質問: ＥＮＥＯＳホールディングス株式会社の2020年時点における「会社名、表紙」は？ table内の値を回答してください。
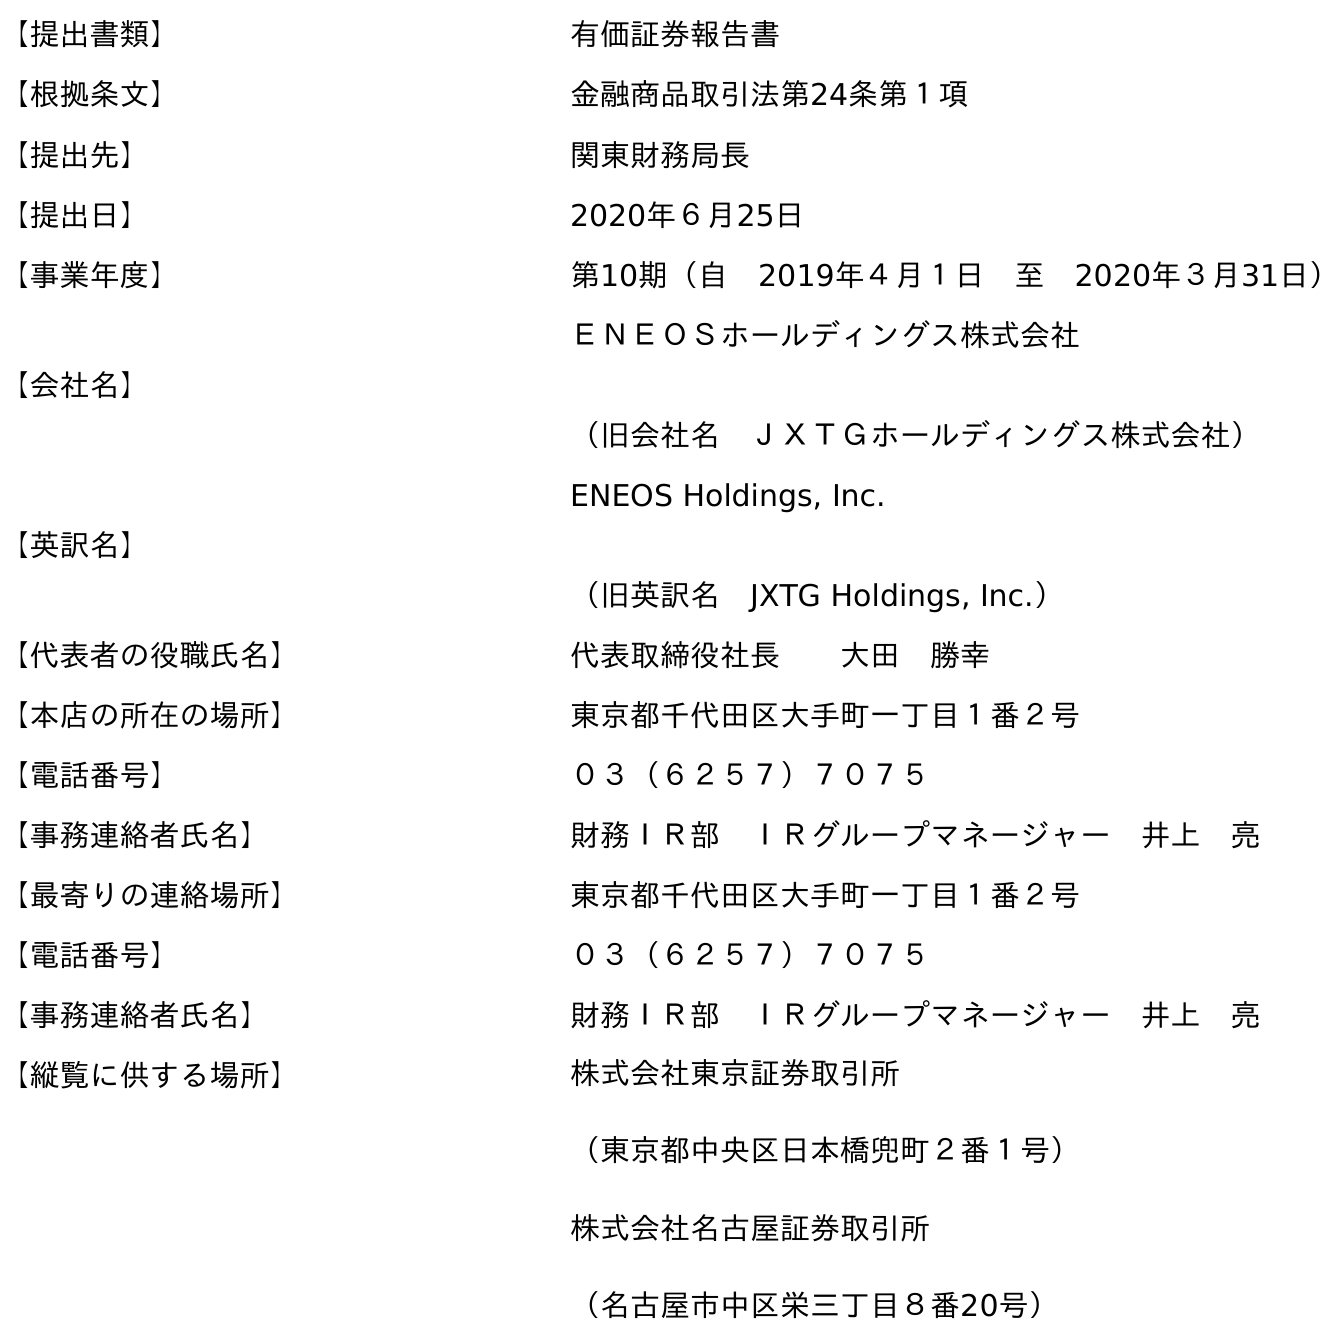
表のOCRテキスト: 【提出書類】 有価証券報告書 【根拠条文】 金融商品取引法第24条第１項 【提出先】 関東財務局長 【提出日】 2020年６月25日 【事業年度】 第10期（自 2019年４月１日 至 2020年３月31日） 【会社名】 ＥＮＥＯＳホールディングス株式会社 （旧会社名 ＪＸＴＧホールディングス株式会社） 【英訳名】 ENEOS Holdings, Inc. （旧英訳名 JXTG Holdings, Inc.） 【代表者の役職氏名】 代表取締役社長  大田 勝幸 【本店の所在の場所】 東京都千代田区大手町一丁目１番２号 【電話番号】 ０３（６２５７）７０７５ 【事務連絡者氏名】 財務ＩＲ部 ＩＲグループマネージャー 井上 亮 【最寄りの連絡場所】 東京都千代田区大手町一丁目１番２号 【電話番号】 ０３（６２５７）７０７５ 【事務連絡者氏名】 財務ＩＲ部 ＩＲグループマネージャー 井上 亮 【縦覧に供する場所】 株式会社東京証券取引所 （東京都中央区日本橋兜町２番１号） 株式会社名古屋証券取引所 （名古屋市中区栄三丁目８番20号）
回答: ＥＮＥＯＳホールディングス株式会社（旧会社名　ＪＸＴＧホールディングス株式会社）